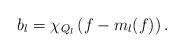
LaTeX: \begin{align*}b_l= \chi_{Q_l}\left(f - m_l(f) \right).\end{align*}